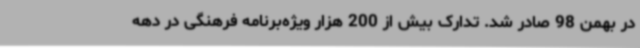
در بهمن 98 صادر شد. تدارک بیش از 200 هزار ویژه‌برنامه فرهنگی در دهه